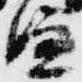
嫌